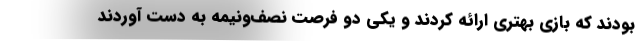
بودند که بازی بهتری ارائه کردند و یکی دو فرصت نصف‌ونیمه به دست آوردند